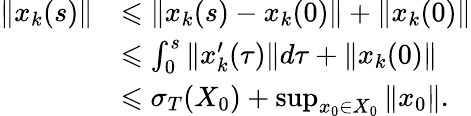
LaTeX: \begin{array}{rl}{\| x_{k}(s)\| }&{\leqslant\| x_{k}(s)-x_{k}(0)\| +\| x_{k}(0)\| }\\ &{\leqslant\int_{0}^{s}\| x_{k}^{\prime}(\tau)\| d\tau+\| x_{k}(0)\| }\\ &{\leqslant\sigma_{T}(X_{0})+\operatorname*{sup}_{x_{0}\in X_{0}}\| x_{0}\| .}\end{array}